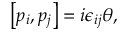
\left[ p _ { i } , p _ { j } \right] = i \epsilon _ { i j } \theta ,